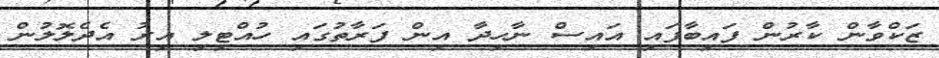
ޒަކްވާން ކާރުން ފައިބާފައި އައިސް ނާހިދާ އިން ފަރާތުގައި ހުއްޓިލި އިރު އެދެލޮލުން